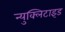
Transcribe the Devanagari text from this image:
न्युक्लिटाइड